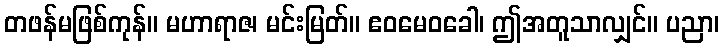
တဖန်မဖြစ်ကုန်။ မဟာရာဇ၊ မင်းမြတ်။ ဧဝမေဝခေါ၊ ဤအတူသာလျှင်။ ပညာ၊